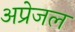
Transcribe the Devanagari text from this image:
अप्रेजल